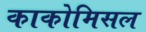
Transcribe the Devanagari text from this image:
काकोमिसल